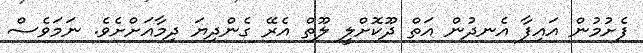
ފެށުމުން އައިފާ އެނދުން އަތް ދޫކޮށްލީ ލޫތް އެރޭ ގެންދިޔަ ދިމާއަށްށެވެ. ނަމަވެސް